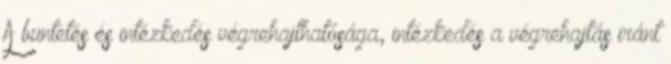
A büntetés és intézkedés végrehajthatósága, intézkedés a végrehajtás iránt